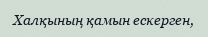
Халқының қамын ескерген,